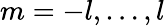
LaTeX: m=-l,\ldots,l